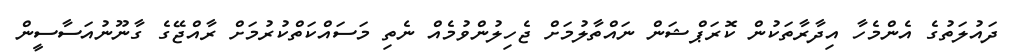
ދައުލަތުގެ އެންމެހާ އިދާރާތަކުން ކޮރަޕްޝަން ނައްތާލުމަށް ޖެހިލުންވުމެއް ނެތި މަސައްކަތްކުރުމަށް ރާއްޖޭގެ ގާނޫނުއަސާސީން